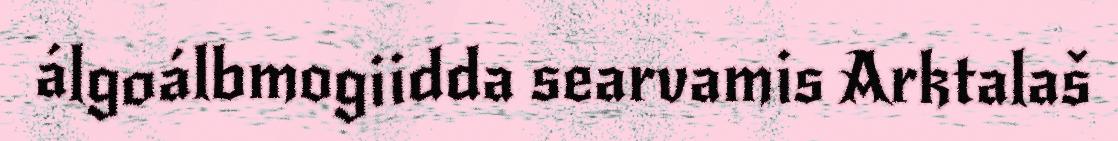
álgoálbmogiidda searvamis Arktalaš